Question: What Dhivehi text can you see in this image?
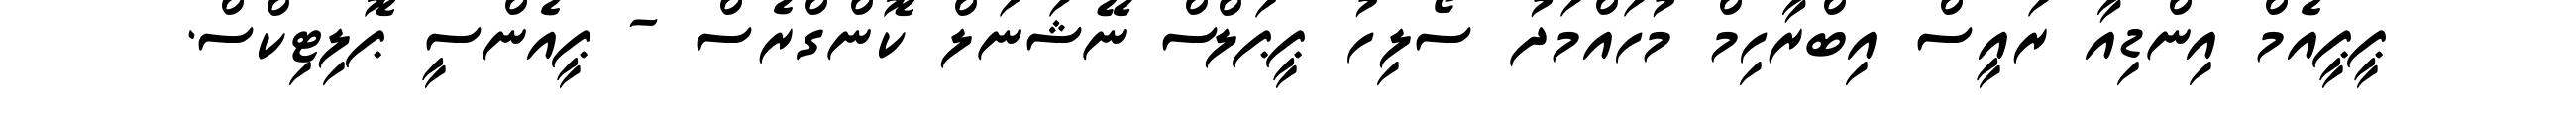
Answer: ޕީޕީއެމް އިންޑިއާ ރައީސް އިބްރާހިމް މުހައްމަދު ސޯލިހު ޕީޕަލްސް ނޭޝަނަލް ކޮންގްރެސް - ޕީއެންސީ ޕޮލިޓިކްސް.